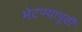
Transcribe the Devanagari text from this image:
भेटण्यापूर्वी